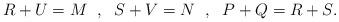
LaTeX: \begin{align*}R+U=M\hspace{.1in},\hspace{.1in} S+V=N\hspace{.1in},\hspace{.1in} P+Q=R+S.\end{align*}